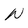
Character: N